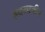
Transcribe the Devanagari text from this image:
हृदयाचीच